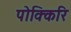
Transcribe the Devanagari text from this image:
पोक्किरि